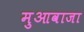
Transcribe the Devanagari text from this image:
मुआवाजा